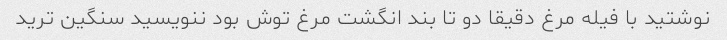
نوشتید با فیله مرغ دقیقا دو تا بند انگشت مرغ توش بود ننویسید سنگین ترید